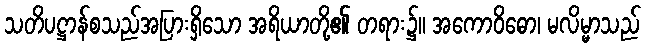
သတိပဋ္ဌာန်စသည်အပြားရှိသော အရိယာတို့၏ တရား၌။ အကောဝိဓော၊ မလိမ္မာသည်